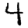
Digit: 4